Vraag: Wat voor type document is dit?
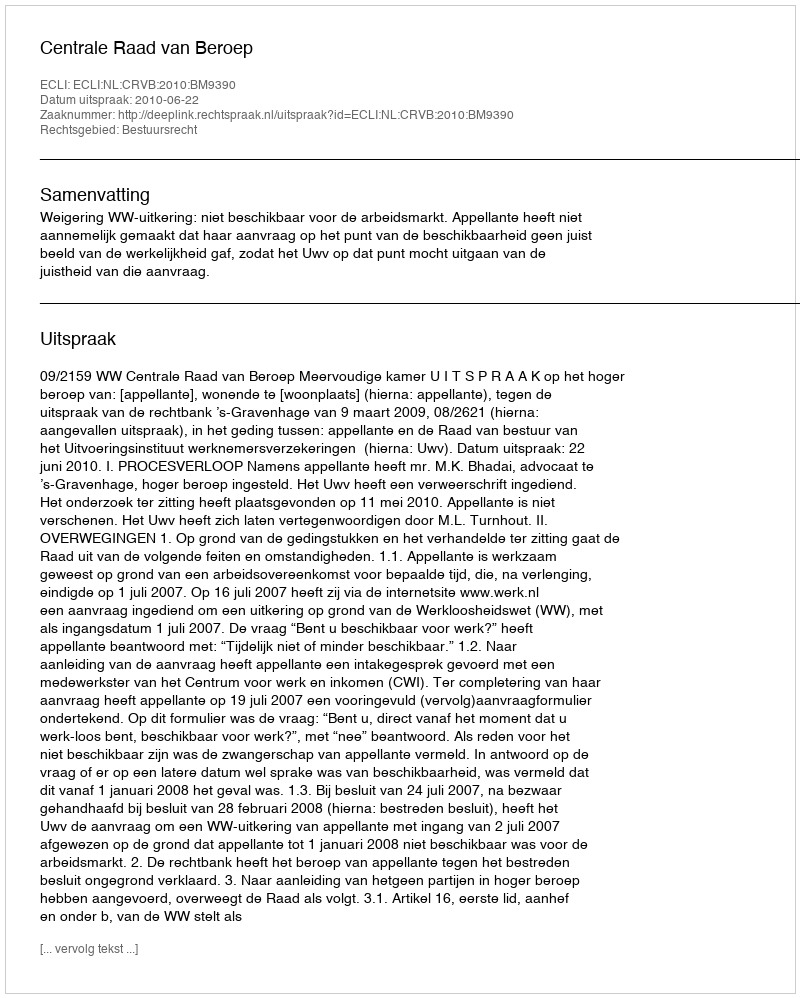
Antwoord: Uitspraak